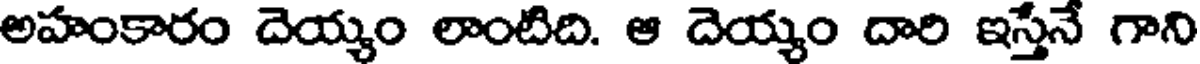
అహంకారం దెయ్యం లాంటిది. ఆ దెయ్యం దారి ఇస్తేనే గాని